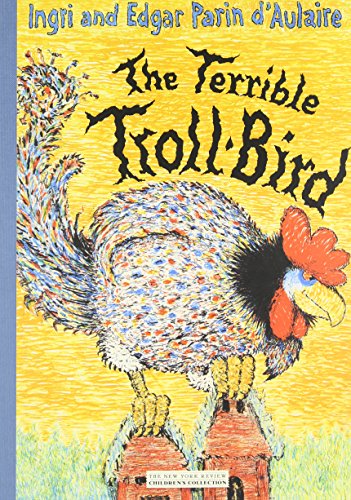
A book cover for The Terrible Troll-Bird; Ingri d'Aulaire; Children's Books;